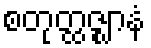
စတုတ္ထဇ္ဈာနံ